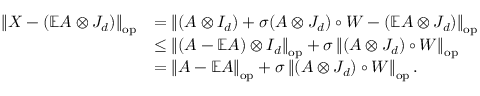
\begin{array} { r l } { \left\| { X - ( \mathbb { E } A \otimes J _ { d } ) } \right\| _ { \mathrm { o p } } } & { = \left\| { ( A \otimes I _ { d } ) + \sigma ( A \otimes J _ { d } ) \circ W - ( \mathbb { E } A \otimes J _ { d } ) } \right\| _ { \mathrm { o p } } } \\ & { \leq \left\| { ( A - \mathbb { E } A ) \otimes I _ { d } } \right\| _ { \mathrm { o p } } + \sigma \left\| { ( A \otimes J _ { d } ) \circ W } \right\| _ { \mathrm { o p } } } \\ & { = \left\| { A - \mathbb { E } A } \right\| _ { \mathrm { o p } } + \sigma \left\| { ( A \otimes J _ { d } ) \circ W } \right\| _ { \mathrm { o p } } . } \end{array}